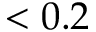
< 0 . 2